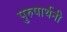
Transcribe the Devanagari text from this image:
पुरुषार्थनी